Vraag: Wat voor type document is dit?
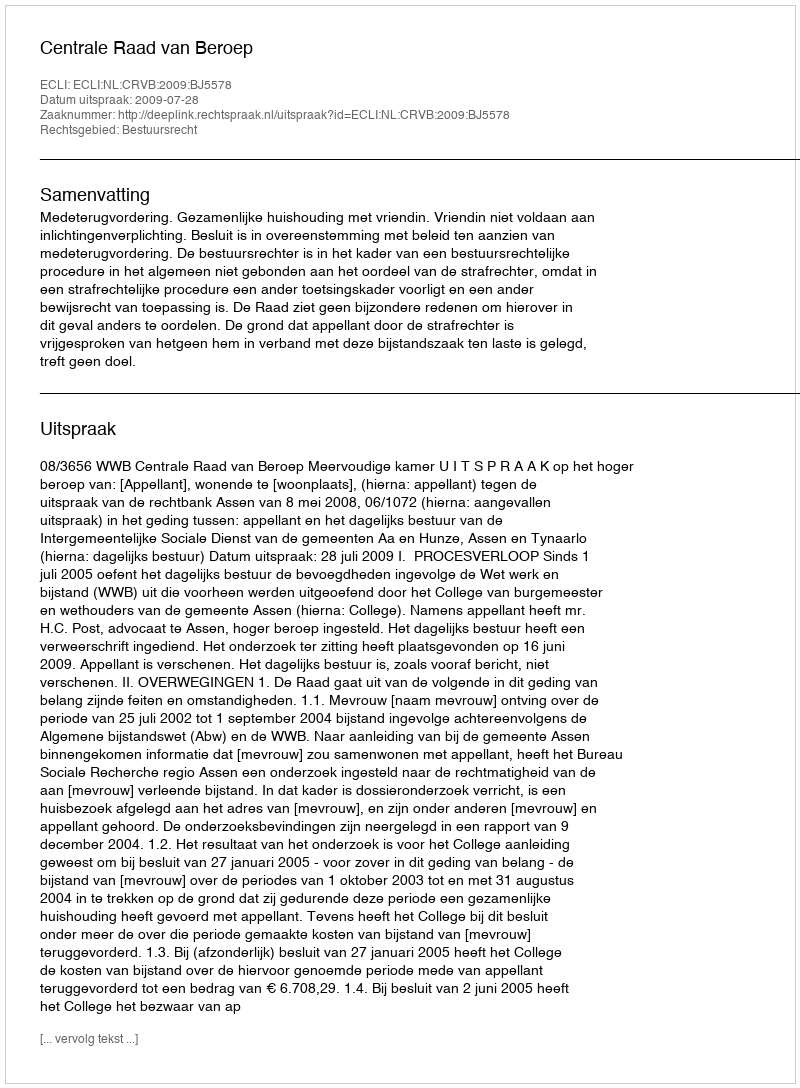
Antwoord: Uitspraak